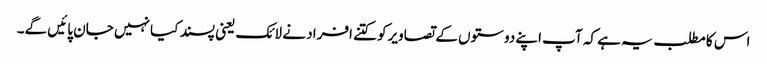
اس کا مطلب یہ ہے کہ آپ اپنے دوستوں کے تصاویرکو کتنے افراد نے لائک یعنی پسند کیا نہیں جان پائیں گے۔